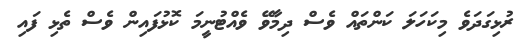
ރުޅިގަދަވެ މިކަހަލަ ކަންތައް ވެސް ދިމާވޭ ވެއްޓުނީމަ ކޮޅުފައިން ވެސް ތެޅި ފައި